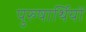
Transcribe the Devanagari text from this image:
पुरुषार्थियों